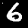
Digit: 6